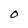
Character: O